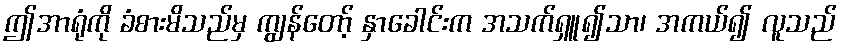
ဤအာရုံကို ခံစားမိသည်မှ ကျွန်တော့် နှာခေါင်းက အသက်ရှူ၍သာ၊ အကယ်၍ လူသည်